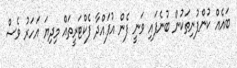
ބައެއް ކުންފުނިތަކުން ބުނެފައި ވަނީ ފެން އުފައްދާ ފެކްޓަރީތައް މިދިޔަ އަހަރު ވެސް